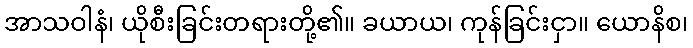
အာသဝါနံ၊ ယိုစီးခြင်းတရားတို့၏။ ခယာယ၊ ကုန်ခြင်းငှာ။ ယောနိစ၊